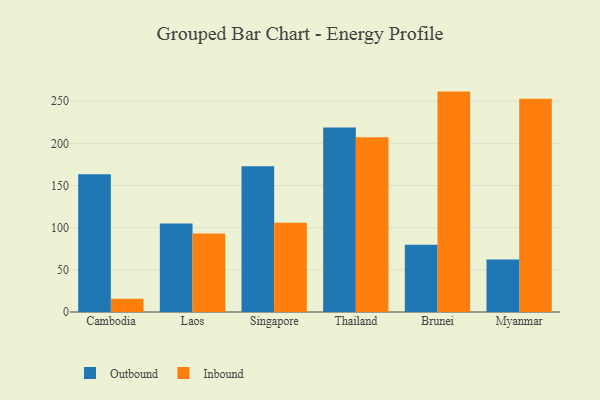
{"axis": {"x": "Country", "y": "Customer Acquisition Cost (USD)"}, "legend": ["Inbound", "Outbound"], "data": [{"x": "Cambodia", "y": 163.5, "type": "Outbound"}, {"x": "Cambodia", "y": 15.6, "type": "Inbound"}, {"x": "Laos", "y": 105.0, "type": "Outbound"}, {"x": "Laos", "y": 93.1, "type": "Inbound"}, {"x": "Singapore", "y": 172.9, "type": "Outbound"}, {"x": "Singapore", "y": 106.0, "type": "Inbound"}, {"x": "Thailand", "y": 218.9, "type": "Outbound"}, {"x": "Thailand", "y": 207.2, "type": "Inbound"}, {"x": "Brunei", "y": 79.8, "type": "Outbound"}, {"x": "Brunei", "y": 261.4, "type": "Inbound"}, {"x": "Myanmar", "y": 62.3, "type": "Outbound"}, {"x": "Myanmar", "y": 252.8, "type": "Inbound"}]}